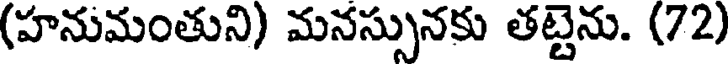
(హనుమంతుని) మనస్సునకు తట్టెను. (72)